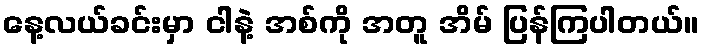
နေ့လယ်ခင်းမှာ ငါနဲ့ အစ်ကို အတူ အိမ် ပြန်ကြပါတယ်။